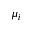
\mu _ { i }